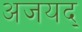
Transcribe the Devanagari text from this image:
अजयद्